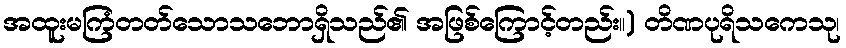
အထူးမကြံတတ်သောသဘောရှိသည်၏ အဖြစ်ကြောင့်တည်း။) တိဏပုရိသကေသု၊